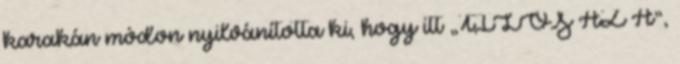
karakán módon nyilvánította ki, hogy itt „TILOS AZ Á”,